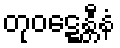
တုဝဋ္ဋေန္တီနံ